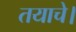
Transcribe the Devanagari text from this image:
तयाचे।